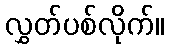
လွှတ်ပစ်လိုက်။